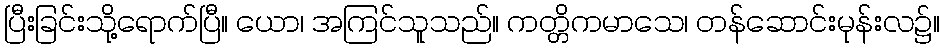
ပြီးခြင်းသို့ရောက်ပြီ။ ယော၊ အကြင်သူသည်။ ကတ္တိကမာသေ၊ တန်ဆောင်းမုန်းလ၌။